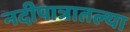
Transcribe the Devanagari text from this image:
नदीपात्रातल्या